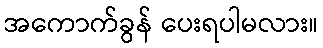
အကောက်ခွန် ပေးရပါမလား။